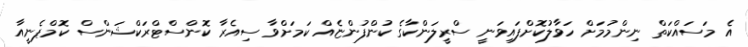
އެ މަސައްކަތް ނިންމުމަށް ހަވާލުކޮށްފައިވަނީ ސްރީލަންކާގެ ކުންފުންޏެއް ކަމަށްވާ ސިއެރާ ކޮންސްޓްރަކްޝަންސް ކޮމްޕެނީއާ